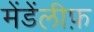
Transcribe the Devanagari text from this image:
मेंडेंलीफ़